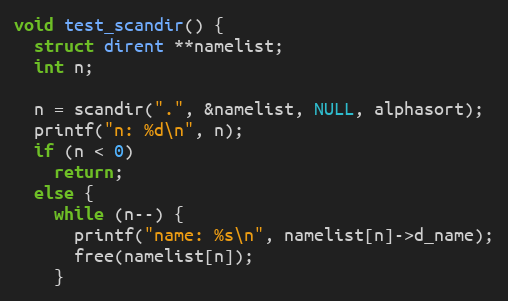
Language: C++
void test_scandir() {
  struct dirent **namelist;
  int n;

  n = scandir(".", &namelist, NULL, alphasort);
  printf("n: %d\n", n);
  if (n < 0)
    return;
  else {
    while (n--) {
      printf("name: %s\n", namelist[n]->d_name);
      free(namelist[n]);
    }